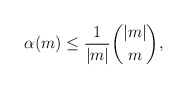
\begin{align*} \alpha(m)\leq\frac{1}{|m|}\binom{|m|}{m}, \end{align*}